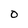
Character: O